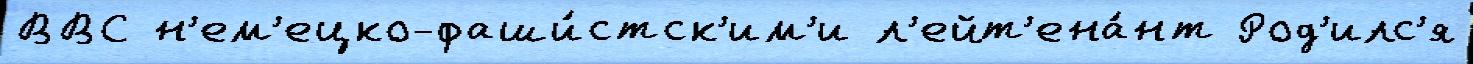
ВВС н'ем'ецко-фаши́стск'им'и л'ейт'ена́нт Род'илс'я